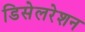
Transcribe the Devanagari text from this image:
डिसेलरेशन